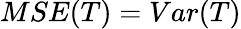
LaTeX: MSE(T)=Var(T)